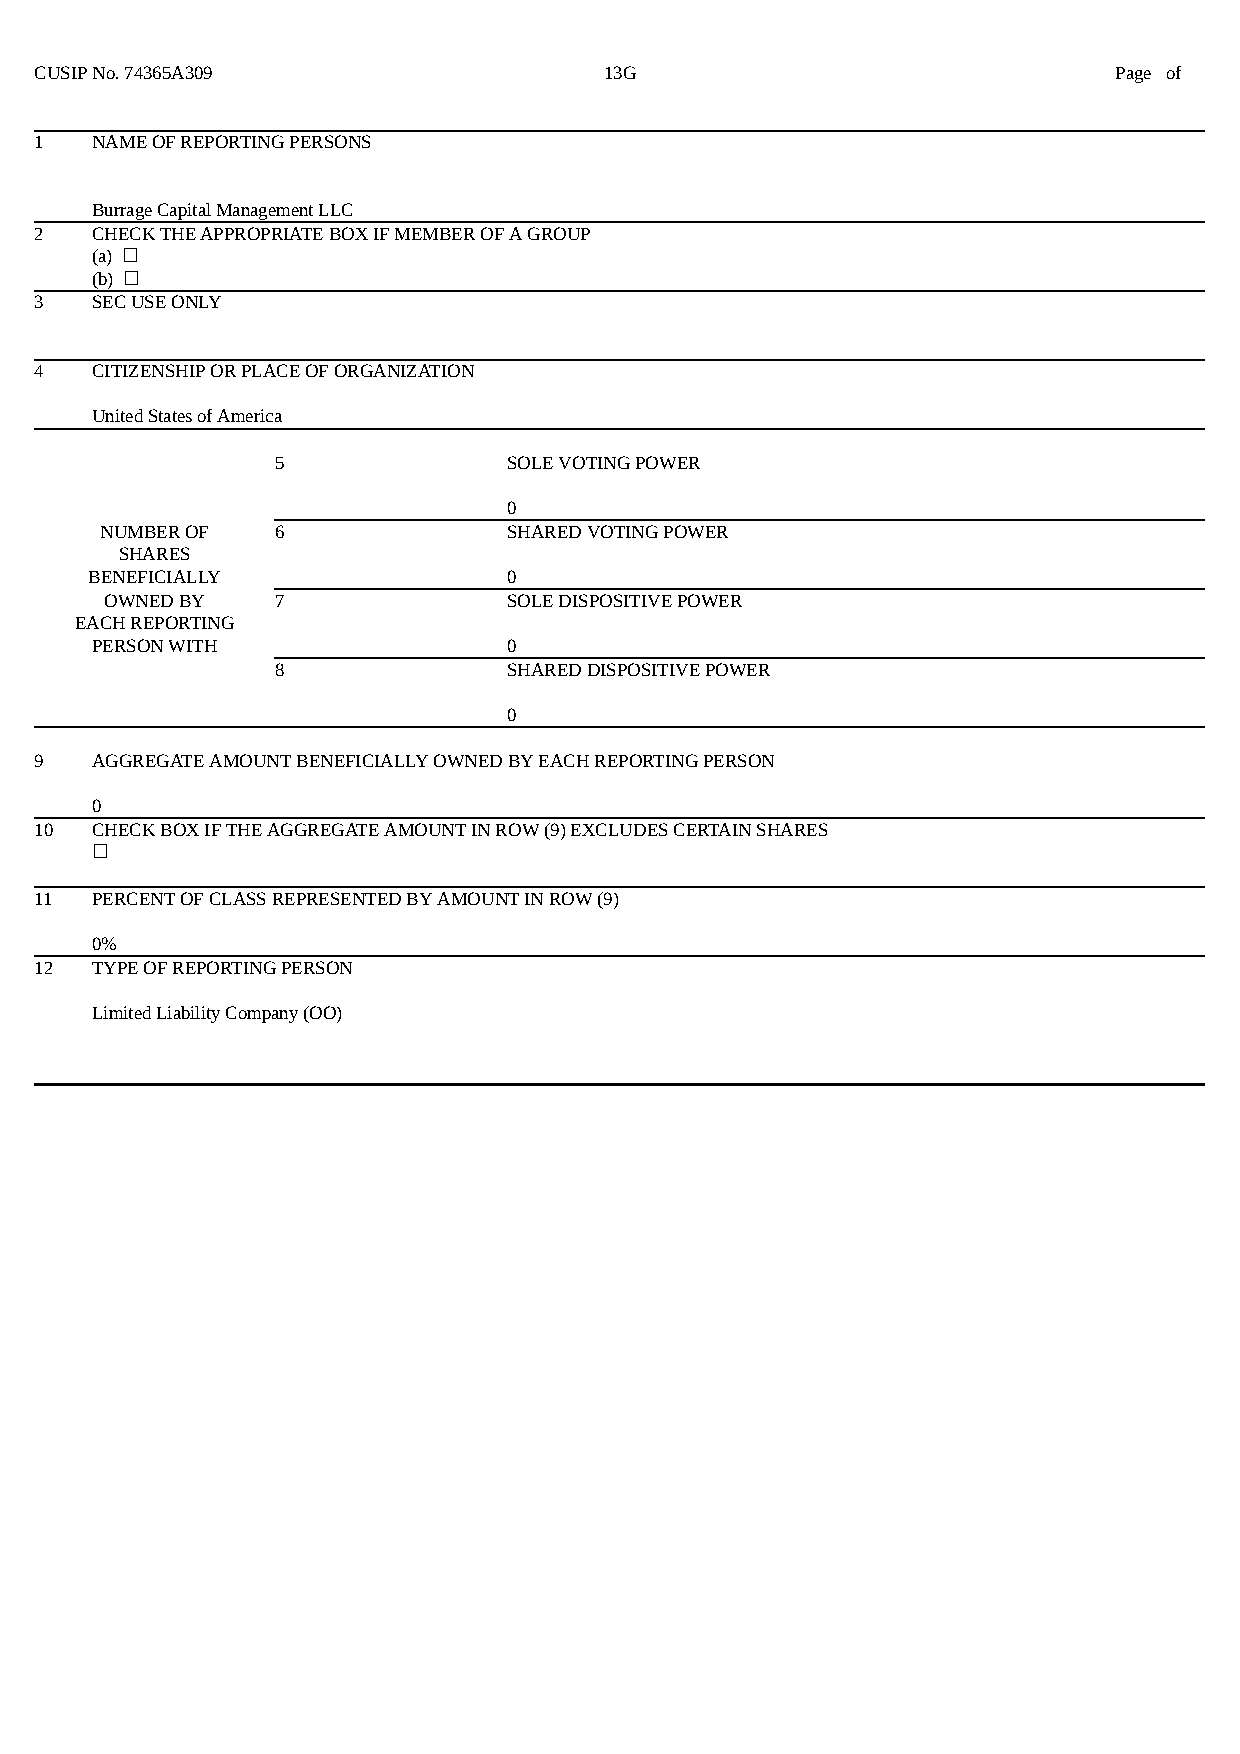
CUSIP No. 74365A309                   13G                               Page of
 1   NAME OF REPORTING PERSONS
 Burrage Capital Management LLC
 2   CHECK THE APPROPRIATE BOX IF MEMBER OF A GROUP
 (a) ☐
 (b) ☐
 3   SEC USE ONLY
 4   CITIZENSHIP OR PLACE OF ORGANIZATION
 United States of America
 5               SOLE VOTING POWER
 0
 NUMBER OF  6               SHARED VOTING POWER
 SHARES
 BENEFICIALLY                0
 OWNED BY   7               SOLE DISPOSITIVE POWER
 EACH REPORTING
 PERSON WITH                 0
 8               SHARED DISPOSITIVE POWER
 0
 9   AGGREGATE AMOUNT BENEFICIALLY OWNED BY EACH REPORTING PERSON
 0
 10  CHECK BOX IF THE AGGREGATE AMOUNT IN ROW (9) EXCLUDES CERTAIN SHARES
 ☐
 11  PERCENT OF CLASS REPRESENTED BY AMOUNT IN ROW (9)
 0%
 12  TYPE OF REPORTING PERSON
 Limited Liability Company (OO)